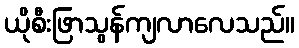
ယိုစီးဖြာသွန်ကျလာလေသည်။